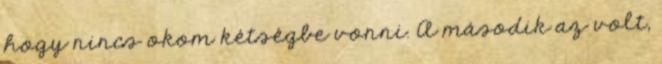
hogy nincs okom kétségbe vonni. A második az volt,